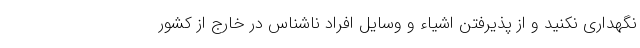
نگهداری نکنید و از پذیرفتن اشیاء و وسایل افراد ناشناس در خارج از کشور